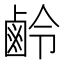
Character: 鹷